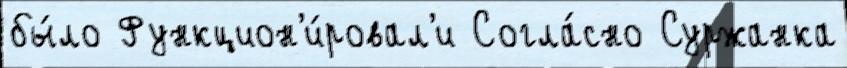
бы́ло Функцион'и́ровал'и Согла́сно Суржанка